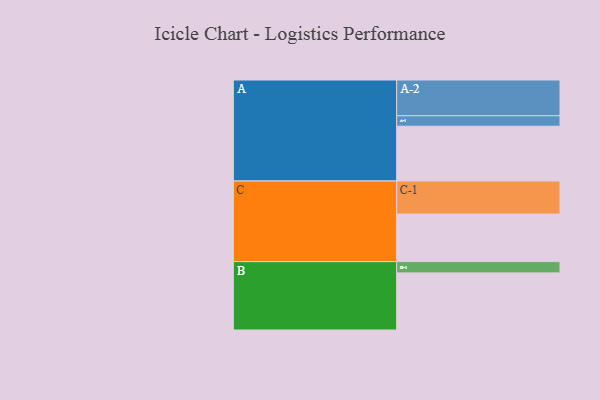
{"axis": {"x": "Segment", "y": "Value"}, "legend": ["", "A", "B", "C"], "data": [{"x": "A", "y": 403, "type": ""}, {"x": "B", "y": 420, "type": ""}, {"x": "C", "y": 350, "type": ""}, {"x": "A-1", "y": 77, "type": "A"}, {"x": "A-2", "y": 263, "type": "A"}, {"x": "B-1", "y": 83, "type": "B"}, {"x": "C-1", "y": 243, "type": "C"}]}